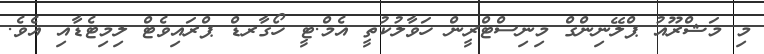
މި މަޝްރޫއު ޕްލޭނިންގް މިނިސްޓްރީން ހަވާލުކުތީ އެމް.ޓީ ހޯގާރޑް ޕްރައިވެޓް ލިމިޓެޑާއި އެވެ.